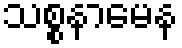
သစ္စနာမေန